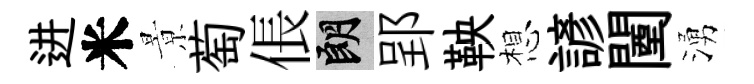
进米㬌萄倀朗郢鞅想諺闉湧